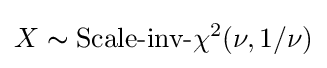
X\thicksim {\text{Scale-inv-}}\chi ^{2}(\nu ,1/\nu )